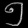
Digit: ၅